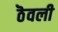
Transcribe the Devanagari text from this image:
ठॆवली